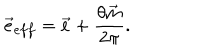
LaTeX: \vec { e } _ { e f f } = \vec { e } + \frac { \theta \vec { m } } { 2 \pi } .